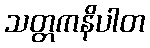
သတ္တကနိပါတ